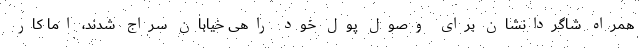
همراه شاگردانشان برای وصول پول خود راهی خیابان سراج شدند، اما کار